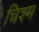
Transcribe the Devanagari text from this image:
चिश्म